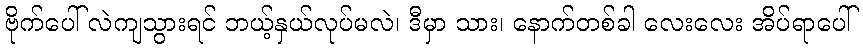
ဗိုက်ပေါ် လဲကျသွားရင် ဘယ့်နှယ်လုပ်မလဲ၊ ဒီမှာ သား၊ နောက်တစ်ခါ လေးလေး အိပ်ရာပေါ်